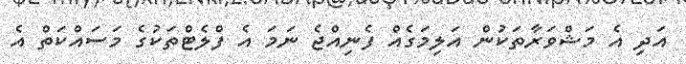
އަދި އެ މަޝްވަރާތަކުން އަލިމަގެއް ފެނިއްޖެ ނަމަ އެ ފްލެޓްތަކުގެ މަސައްކަތް އެ